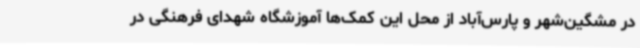
در مشگین‌شهر و پارس‌آباد از محل این کمک‌ها آموزشگاه شهدای فرهنگی در